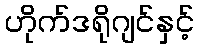
ဟိုက်ဒရိုဂျင်နှင့်